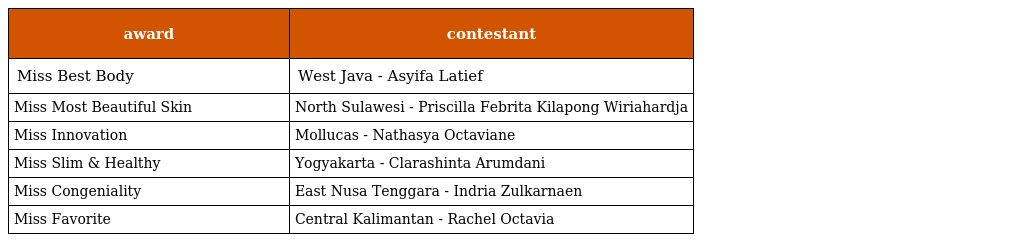
| award | contestant |
 | --- | --- |
 | Miss Best Body | West Java - Asyifa Latief |
 | Miss Most Beautiful Skin | North Sulawesi - Priscilla Febrita Kilapong Wiriahardja |
 | Miss Innovation | Mollucas - Nathasya Octaviane |
 | Miss Slim & Healthy | Yogyakarta - Clarashinta Arumdani |
 | Miss Congeniality | East Nusa Tenggara - Indria Zulkarnaen |
 | Miss Favorite | Central Kalimantan - Rachel Octavia |